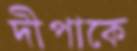
দীপাকে